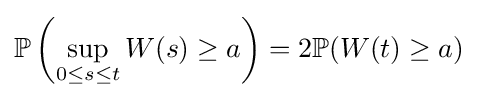
\mathbb {P} \left(\sup _{0\leq s\leq t}W(s)\geq a\right)=2\mathbb {P} (W(t)\geq a)